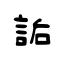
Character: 詬